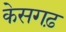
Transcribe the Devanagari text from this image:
केसगढ़